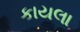
કાયલા